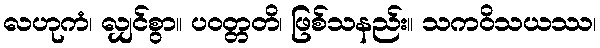
လဟုကံ၊ လျှင်စွာ။ ပဝတ္တတိ၊ ဖြစ်သနည်း။ သကဝိသယဿ၊